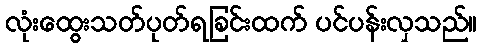
လုံးထွေးသတ်ပုတ်ရခြင်းထက် ပင်ပန်းလှသည်။